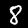
Label: 8